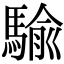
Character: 騟